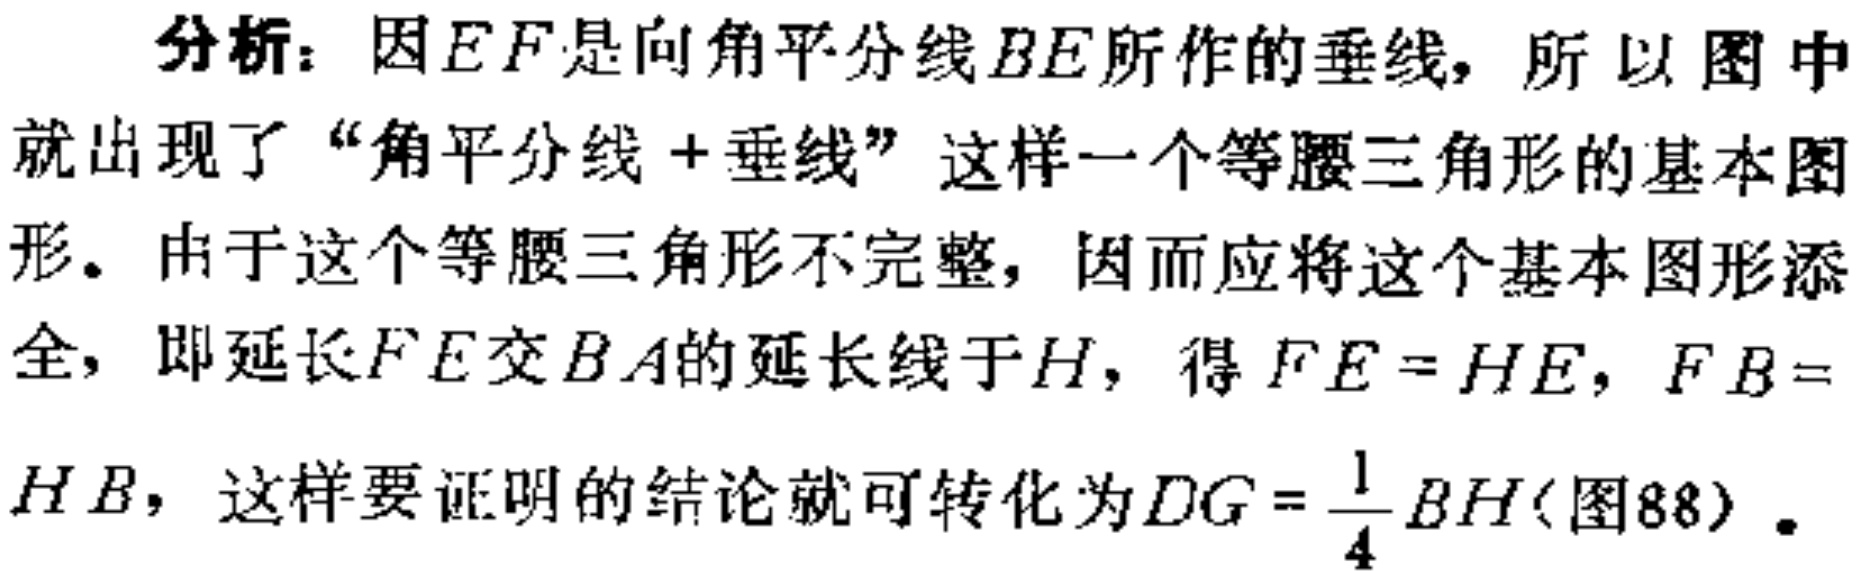
分析：因\(EF\)是向角平分线\(BE\)所作的垂线，所以图中就出现了“角平分线+垂线”这样一个等腰三角形的基本图形。由于这个等腰三角形不完整，因而应将这个基本图形添全，即延长\(FE\)交\(BA\)的延长线于\(H\)，得\(FE = HE\)，\(FB = HB\)，这样要证明的结论就可转化为\(DG=\frac{1}{4}BH\)(图88)。